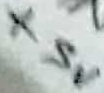
Text: +5V